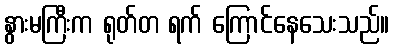
နွားမကြီးက ရုတ်တ ရက် ကြောင်နေသေးသည်။